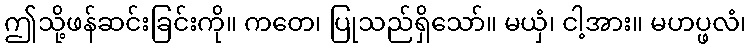
ဤသို့ဖန်ဆင်းခြင်းကို။ ကတေ၊ ပြုသည်ရှိသော်။ မယှံ၊ ငါ့အား။ မဟပ္ဖလံ၊